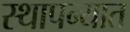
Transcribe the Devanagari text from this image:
स्थापन्यात